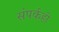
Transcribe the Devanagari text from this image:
संपर्कही